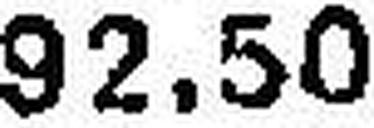
92.50